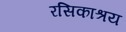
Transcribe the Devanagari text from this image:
रसिकाश्रय